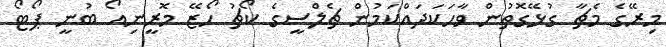
މިރޭގެ މެޗާ ގުޅޭގޮތުން ވާހަކަދައްކަމުން ޗެލްސީގެ ކޯޗު ހޯޒޭ މޮރީނިއޯ ބުނީ ޕޯޓޯ